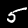
Digit: 5